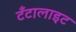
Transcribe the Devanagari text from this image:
टँटालाइट